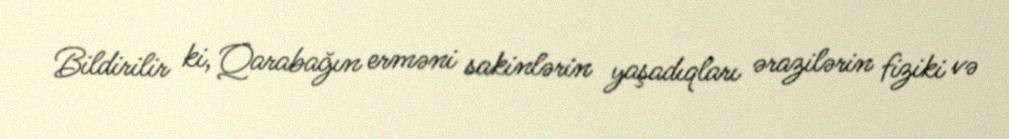
Bildirilir ki, Qarabağın erməni sakinlərin yaşadıqları ərazilərin fiziki və